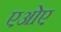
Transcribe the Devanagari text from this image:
एओए